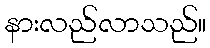
နားလည်လာသည်။